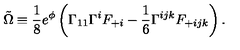
\tilde { \Omega } \equiv { \frac { 1 } { 8 } } e ^ { \phi } \left( \Gamma _ { 1 1 } \Gamma ^ { i } F _ { + i } - { \frac { 1 } { 6 } } \Gamma ^ { i j k } F _ { + i j k } \right) .